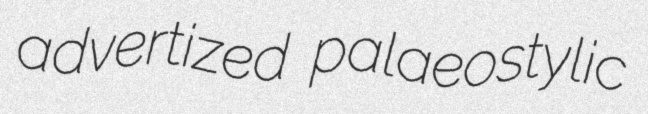
advertized palaeostylic